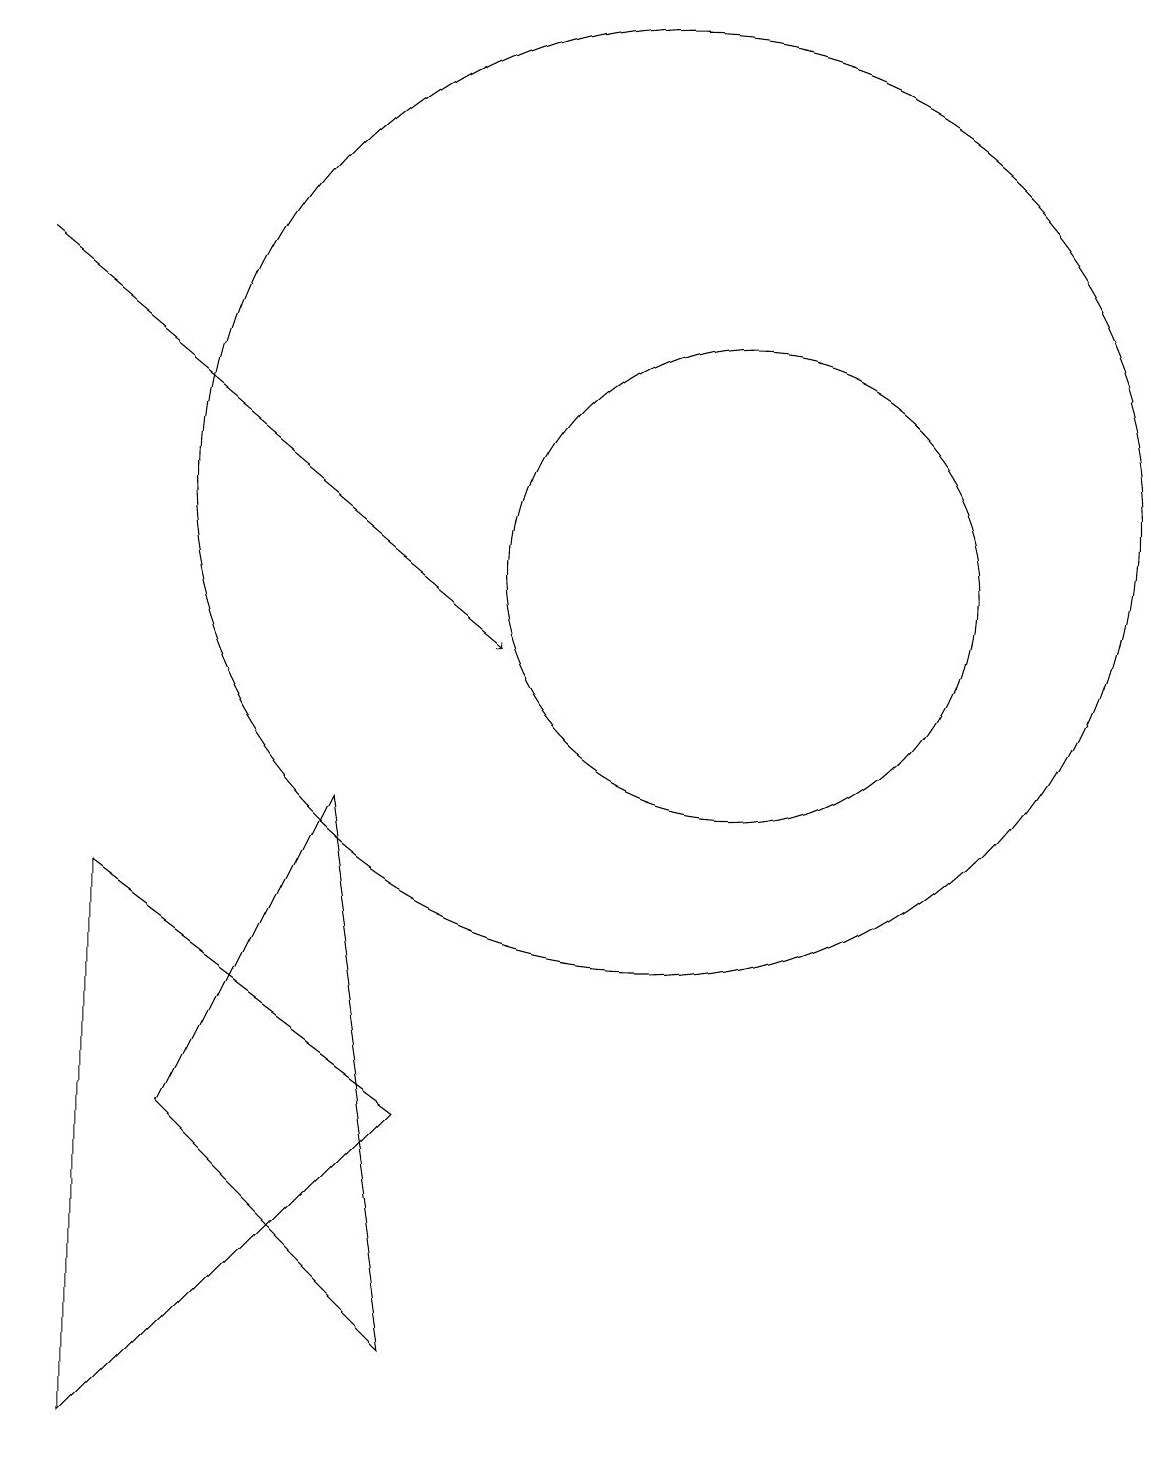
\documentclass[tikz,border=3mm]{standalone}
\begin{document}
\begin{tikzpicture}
\draw (4,4) -- (7,1) -- (6,8) -- cycle;
\draw (11,11) circle (3);
\draw[->] (2,15) -- (8,10);
\draw (10,12) circle (6);
\draw (7,4) -- (3,7) -- (3,0) -- cycle;
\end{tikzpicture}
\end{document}